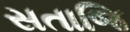
સતાજિ